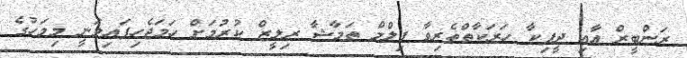
ރަންބީރް އާއި ދީޕިކާ ހަރަކާތްތެރިވާ ފިލްމް ތަމާޝާ ރިލީޒް ކުރުމަށް ހަމަޖެހިފައިވަނީ މިމަހުގެ